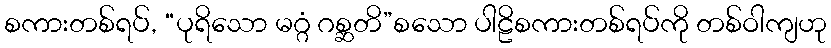
စကားတစ်ရပ်, “ပုရိသော မဂ္ဂံ ဂစ္ဆတိ”စသော ပါဠိစကားတစ်ရပ်ကို တစ်ဝါကျဟု